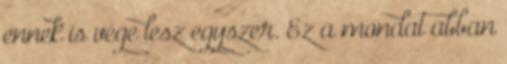
ennek is vége lesz egyszer. Ez a mondat abban